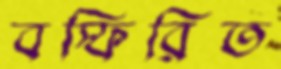
বস্ফিরিত